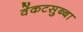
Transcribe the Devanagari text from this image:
वेंकटसुब्बा